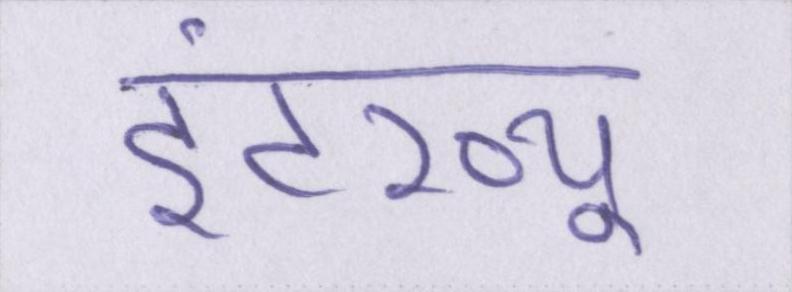
इंटरव्यू